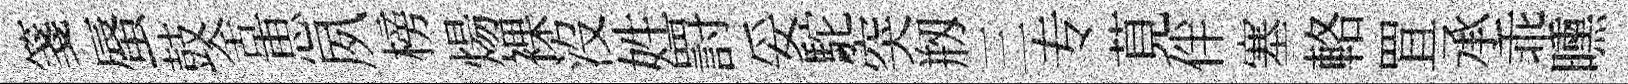
箋蜃鼓舍恵夙榜煬裸沒姓罸妥駝突剏三专莧伴塞輅罝承乖曛